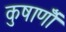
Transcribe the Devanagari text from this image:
कुषाणोँ